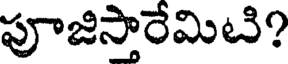
పూజిస్తారేమిటి?